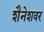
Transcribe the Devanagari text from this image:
शैनेशवर